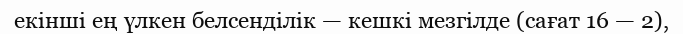
екінші ең үлкен белсенділік — кешкі мезгілде (сағат 16 — 2),